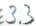
Text: E3.3